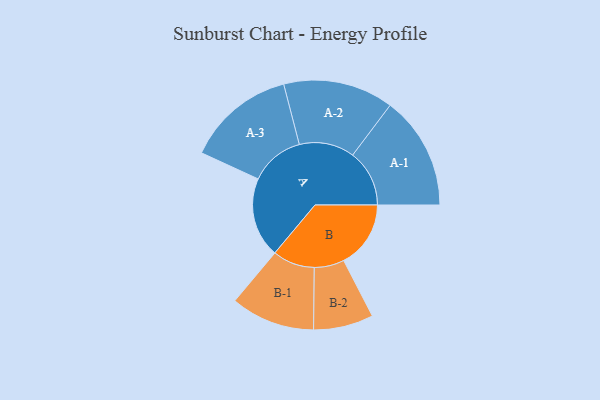
{"axis": {"x": "Segment", "y": "Value"}, "legend": ["", "A", "B"], "data": [{"x": "A", "y": 403, "type": ""}, {"x": "B", "y": 338, "type": ""}, {"x": "A-1", "y": 286, "type": "A"}, {"x": "A-2", "y": 278, "type": "A"}, {"x": "A-3", "y": 274, "type": "A"}, {"x": "B-1", "y": 212, "type": "B"}, {"x": "B-2", "y": 151, "type": "B"}]}